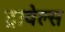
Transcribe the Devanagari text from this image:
ट्रावेल्स